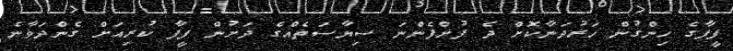
ފީފާގެ ހިންގުން ހަރުދަނާކޮށް ދެ ފުށްފެންނަ ސިޔާސަތެއްގެ ދަށުން ފީފާ ކުރިއަށް ގެންދަވާނެ